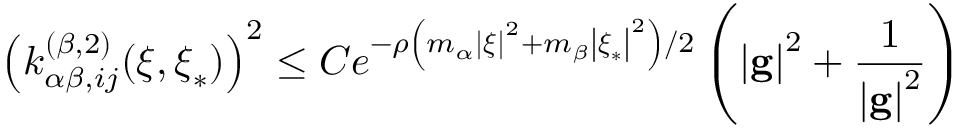
\left( k _ { \alpha \beta , i j } ^ { \left( \beta , 2 \right) } ( \boldsymbol { \xi } , \boldsymbol { \xi } _ { \ast } ) \right) ^ { 2 } \leq C e ^ { - \rho \left( m _ { \alpha } \left\vert \boldsymbol { \xi } \right\vert ^ { 2 } + m _ { \beta } \left\vert \boldsymbol { \xi } _ { \ast } \right\vert ^ { 2 } \right) / 2 } \left( \left\vert \mathbf { g } \right\vert ^ { 2 } + \frac { 1 } { \left\vert \mathbf { g } \right\vert ^ { 2 } } \right)